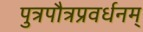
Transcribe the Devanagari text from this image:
पुत्रपौत्रप्रवर्धनम्